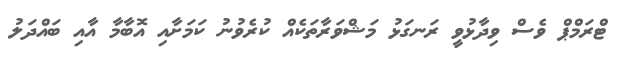
ޓްރަމްޕް ވެސް ވިދާޅުވީ ރަނގަޅު މަޝްވަރާތަކެއް ކުރެވުނު ކަމަށާއި އޮބާމާ އާއި ބައްދަލު